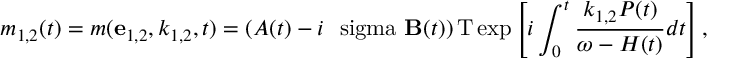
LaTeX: m _ { 1 , 2 } ( t ) = m ( { \bf e } _ { 1 , 2 } , k _ { 1 , 2 } , t ) = \left( A ( t ) - i \mathrm { \boldmath ~ \ s i g m a ~ } { \bf B } ( t ) \right) \mathrm { T } \exp \left[ i \int _ { 0 } ^ { t } \frac { k _ { 1 , 2 } P ( t ) } { \omega - { \cal H } ( t ) } d t \right] ,